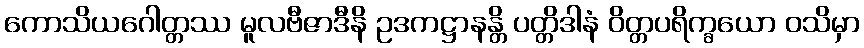
ကောသိယဂေါတ္တဿ မူလဗီဇာဒီနိ ဥဒကဋ္ဌာနန္တိ ပတ္တိဒါနံ ဝိတ္တပရိက္ခယော ဝသိမှာ